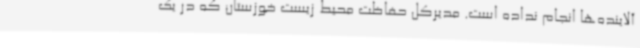
آلاینده‌ها انجام نداده است. مدیرکل حفاظت محیط زیست خوزستان که در یک